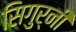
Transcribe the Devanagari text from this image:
सिगुर्नी